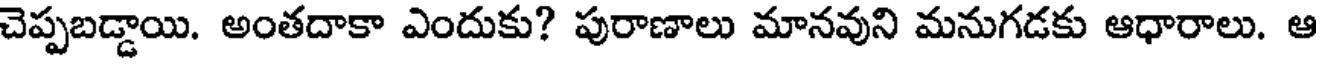
చెప్పబడ్డాయి. అంతదాకా ఎందుకు? పురాణాలు మానవుని మనుగడకు ఆధారాలు. ఆ